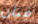
فنان